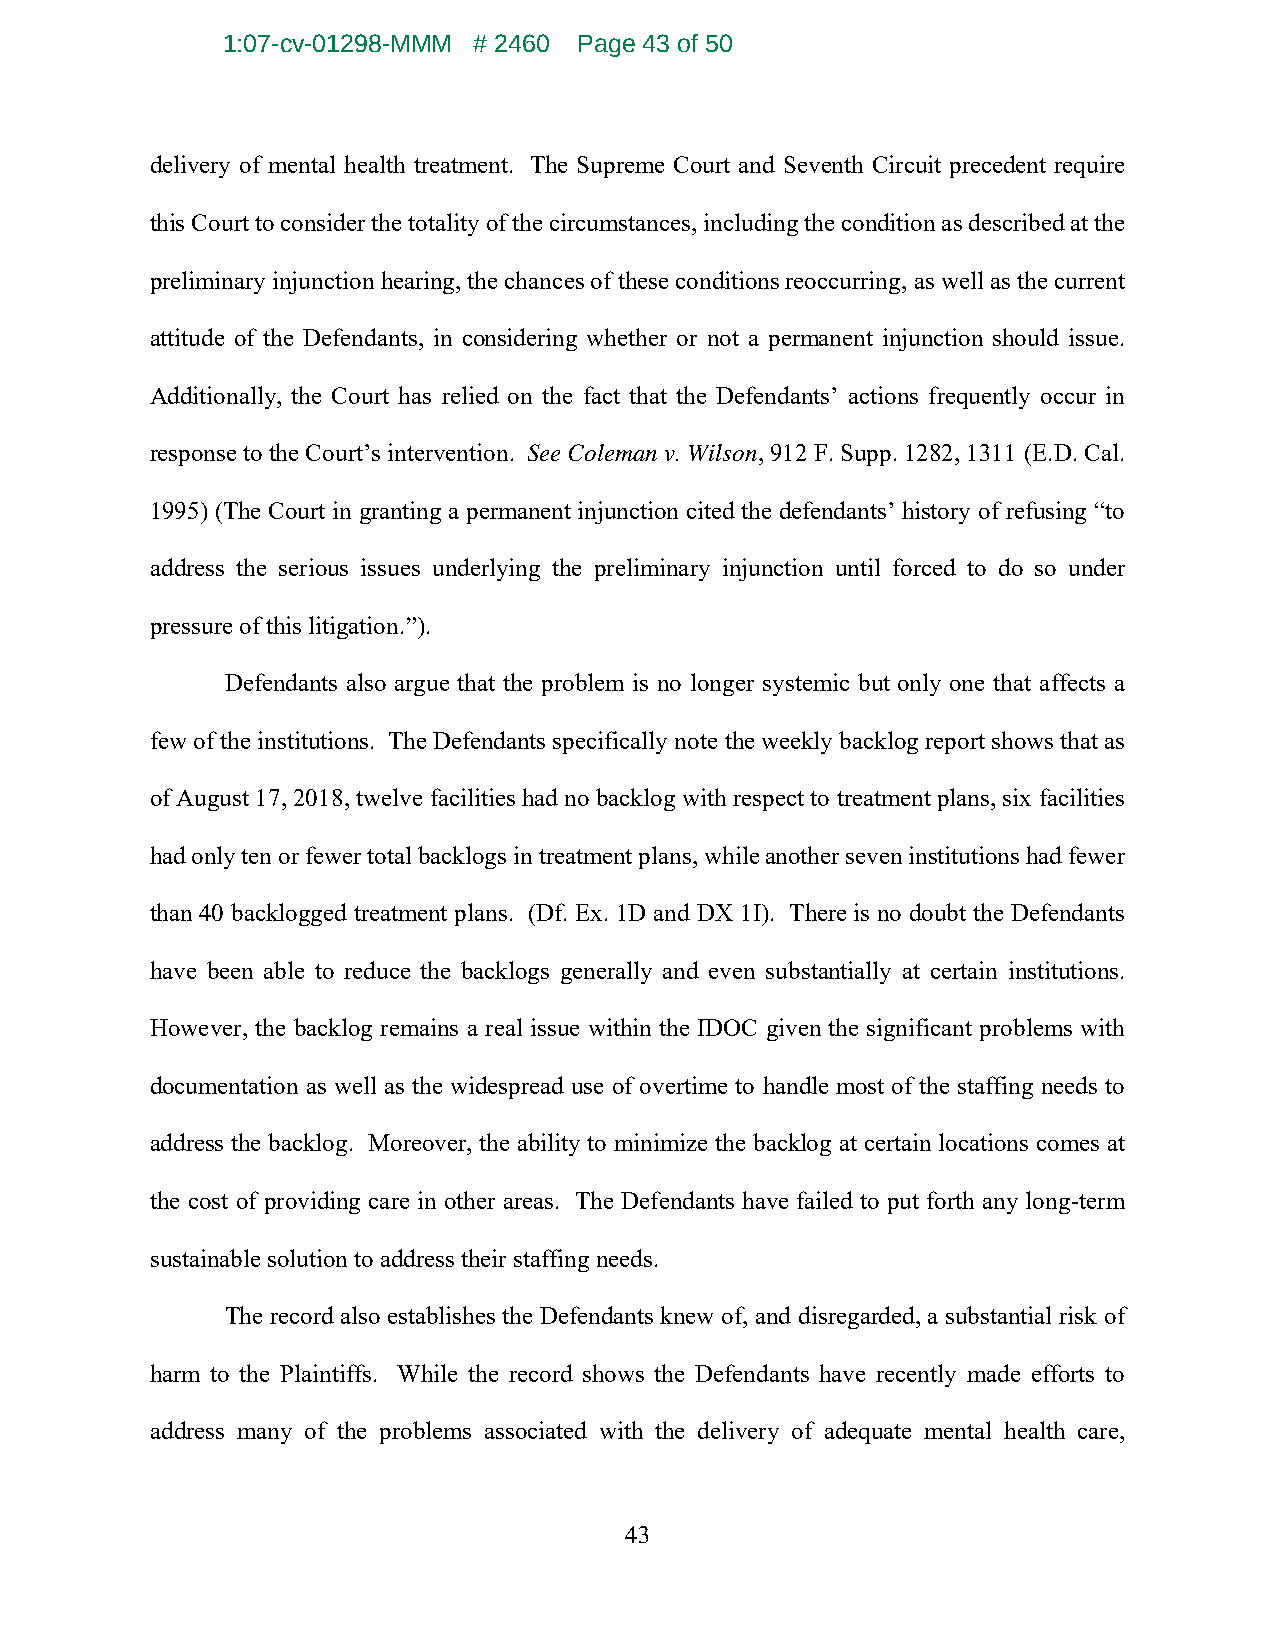
1:07-cv-01298-MMM # 2460 Page 43 of 50
 delivery of mental health treatment. The Supreme Court and Seventh Circuit precedent require
 this Court to consider the totality of the circumstances, including the condition as described at the
 preliminary injunction hearing, the chances of these conditions reoccurring, as well as the current
 attitude of the Defendants, in considering whether or not a permanent injunction should issue.
 Additionally, the Court has relied on the fact that the Defendants’ actions frequently occur in
 response to the Court’s intervention. See Coleman v. Wilson, 912 F. Supp. 1282, 1311 (E.D. Cal.
 1995) (The Court in granting a permanent injunction cited the defendants’ history of refusing “to
 address the serious issues underlying the preliminary injunction until forced to do so under
 pressure of this litigation.”).
 Defendants also argue that the problem is no longer systemic but only one that affects a
 few of the institutions. The Defendants specifically note the weekly backlog report shows that as
 of August 17, 2018, twelve facilities had no backlog with respect to treatment plans, six facilities
 had only ten or fewer total backlogs in treatment plans, while another seven institutions had fewer
 than 40 backlogged treatment plans. (Df. Ex. 1D and DX 1I). There is no doubt the Defendants
 have been able to reduce the backlogs generally and even substantially at certain institutions.
 However, the backlog remains a real issue within the IDOC given the significant problems with
 documentation as well as the widespread use of overtime to handle most of the staffing needs to
 address the backlog. Moreover, the ability to minimize the backlog at certain locations comes at
 the cost of providing care in other areas. The Defendants have failed to put forth any long-term
 sustainable solution to address their staffing needs.
 The record also establishes the Defendants knew of, and disregarded, a substantial risk of
 harm to the Plaintiffs. While the record shows the Defendants have recently made efforts to
 address many of the problems associated with the delivery of adequate mental health care,
 43